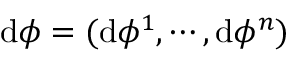
\mathrm { d } \phi = ( \mathrm { d } \phi ^ { 1 } , \cdots , \mathrm { d } \phi ^ { n } )